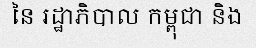
នៃ រដ្ឋាភិបាល កម្ពុជា និង